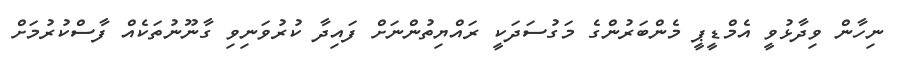
ނިހާން ވިދާޅުވީ އެމްޑީޕީ މެންބަރުންގެ މަގުސަދަކީ ރައްޔިތުންނަށް ފައިދާ ކުރުވަނިވި ގާނޫނުތަކެއް ފާސްކުރުމަށް